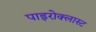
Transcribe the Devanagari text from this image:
पाइरोक्लास्ट